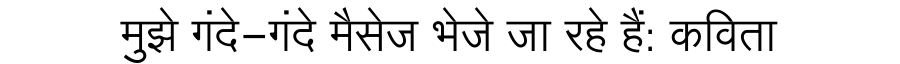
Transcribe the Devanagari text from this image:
मुझे गंदे-गंदे मैसेज भेजे जा रहे हैं: कविता